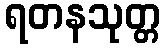
ရတနသုတ္တ